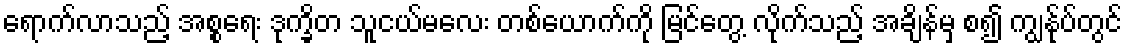
ရောက်လာသည့် အစ္စရေး ဒုက္ခိတ သူငယ်မလေး တစ်ယောက်ကို မြင်တွေ့ လိုက်သည့် အချိန်မှ စ၍ ကျွန်ုပ်တွင်